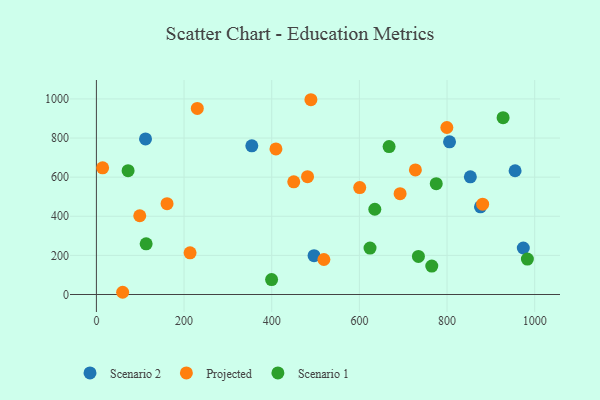
{"axis": {"x": "Investment", "y": "Profit"}, "legend": ["Projected", "Scenario 1", "Scenario 2"], "data": [{"x": "853.2", "y": 601.8, "type": "Scenario 2"}, {"x": "974.0", "y": 237.8, "type": "Scenario 2"}, {"x": "955.3", "y": 632.8, "type": "Scenario 2"}, {"x": "112.1", "y": 795.8, "type": "Scenario 2"}, {"x": "496.6", "y": 198.7, "type": "Scenario 2"}, {"x": "805.7", "y": 780.8, "type": "Scenario 2"}, {"x": "354.6", "y": 760.4, "type": "Scenario 2"}, {"x": "876.3", "y": 448.4, "type": "Scenario 2"}, {"x": "600.8", "y": 546.6, "type": "Projected"}, {"x": "98.9", "y": 402.8, "type": "Projected"}, {"x": "692.9", "y": 515.7, "type": "Projected"}, {"x": "481.7", "y": 602.4, "type": "Projected"}, {"x": "14.2", "y": 647.7, "type": "Projected"}, {"x": "450.3", "y": 576.4, "type": "Projected"}, {"x": "727.8", "y": 637.1, "type": "Projected"}, {"x": "409.6", "y": 744.4, "type": "Projected"}, {"x": "213.7", "y": 213.2, "type": "Projected"}, {"x": "519.0", "y": 179.1, "type": "Projected"}, {"x": "59.9", "y": 11.4, "type": "Projected"}, {"x": "161.2", "y": 464.5, "type": "Projected"}, {"x": "881.2", "y": 461.8, "type": "Projected"}, {"x": "799.6", "y": 854.1, "type": "Projected"}, {"x": "230.2", "y": 951.7, "type": "Projected"}, {"x": "489.4", "y": 996.0, "type": "Projected"}, {"x": "72.3", "y": 633.2, "type": "Scenario 1"}, {"x": "399.7", "y": 76.2, "type": "Scenario 1"}, {"x": "667.8", "y": 756.3, "type": "Scenario 1"}, {"x": "775.4", "y": 566.9, "type": "Scenario 1"}, {"x": "765.2", "y": 145.6, "type": "Scenario 1"}, {"x": "624.3", "y": 237.5, "type": "Scenario 1"}, {"x": "983.3", "y": 181.2, "type": "Scenario 1"}, {"x": "113.5", "y": 259.0, "type": "Scenario 1"}, {"x": "927.9", "y": 904.0, "type": "Scenario 1"}, {"x": "635.2", "y": 435.9, "type": "Scenario 1"}, {"x": "734.7", "y": 194.9, "type": "Scenario 1"}]}